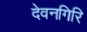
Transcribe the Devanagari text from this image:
देवनगिरि